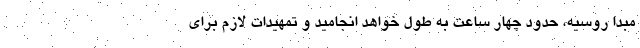
مبدا روسیه، حدود چهار ساعت به طول خواهد انجامید و تمهیدات لازم برای